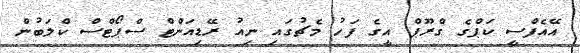
އޭއެފްސީ ކަޕްގެ ގްރޫޕް އީގެ ފަހު މެޗުގައި ނިއު ރޭޑިއަންޓް ސްޕޯޓްސް ކްލަބުން